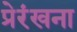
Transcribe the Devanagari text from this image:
प्रेरंखना